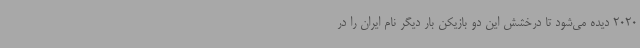
2020 دیده می‌شود تا درخشش این دو بازیکن بار دیگر نام ایران را در